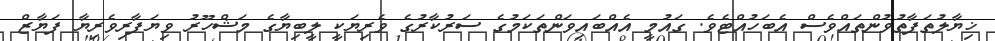
ޚިޔާލުތަފާތުވުންތައްވެސް އެބަހުއްޓެވެ. ގައުމީ އެއްބައިވަންތަކަމުގެ ސަރުކާރުގެ ވެރިޔަކީ ލީބިޔާގެ މަޝްހޫރު ވިޔަފާރިވެރިޔާ ފަޔާޒް